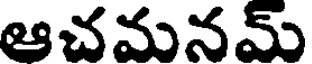
ఆచమనమ్